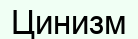
Цинизм